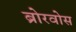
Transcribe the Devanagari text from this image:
ब्रोरवोस